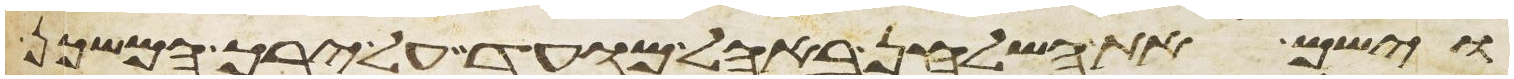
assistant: וישם את השלחן באהל מועד על ירך המשכן